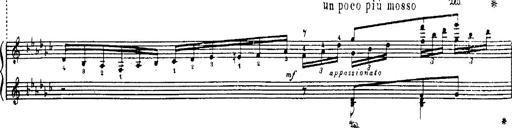
Title: Danza sacra e duetto finale dâ€™Aida
Composer: Franz Liszt